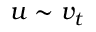
u \sim v _ { t }